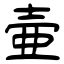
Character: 壷